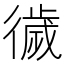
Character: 𢕺